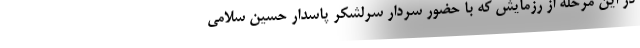
در این مرحله از رزمایش که با حضور سردار سرلشکر پاسدار حسین سلامی